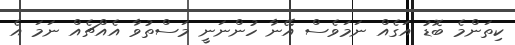
ކިތަންމެ ބޮޑު އަގެއް ނަމަވެސް އޭނާ ހުންނަނީ މަސްތުވާ އެއްޗެއް ނަމަ އެ